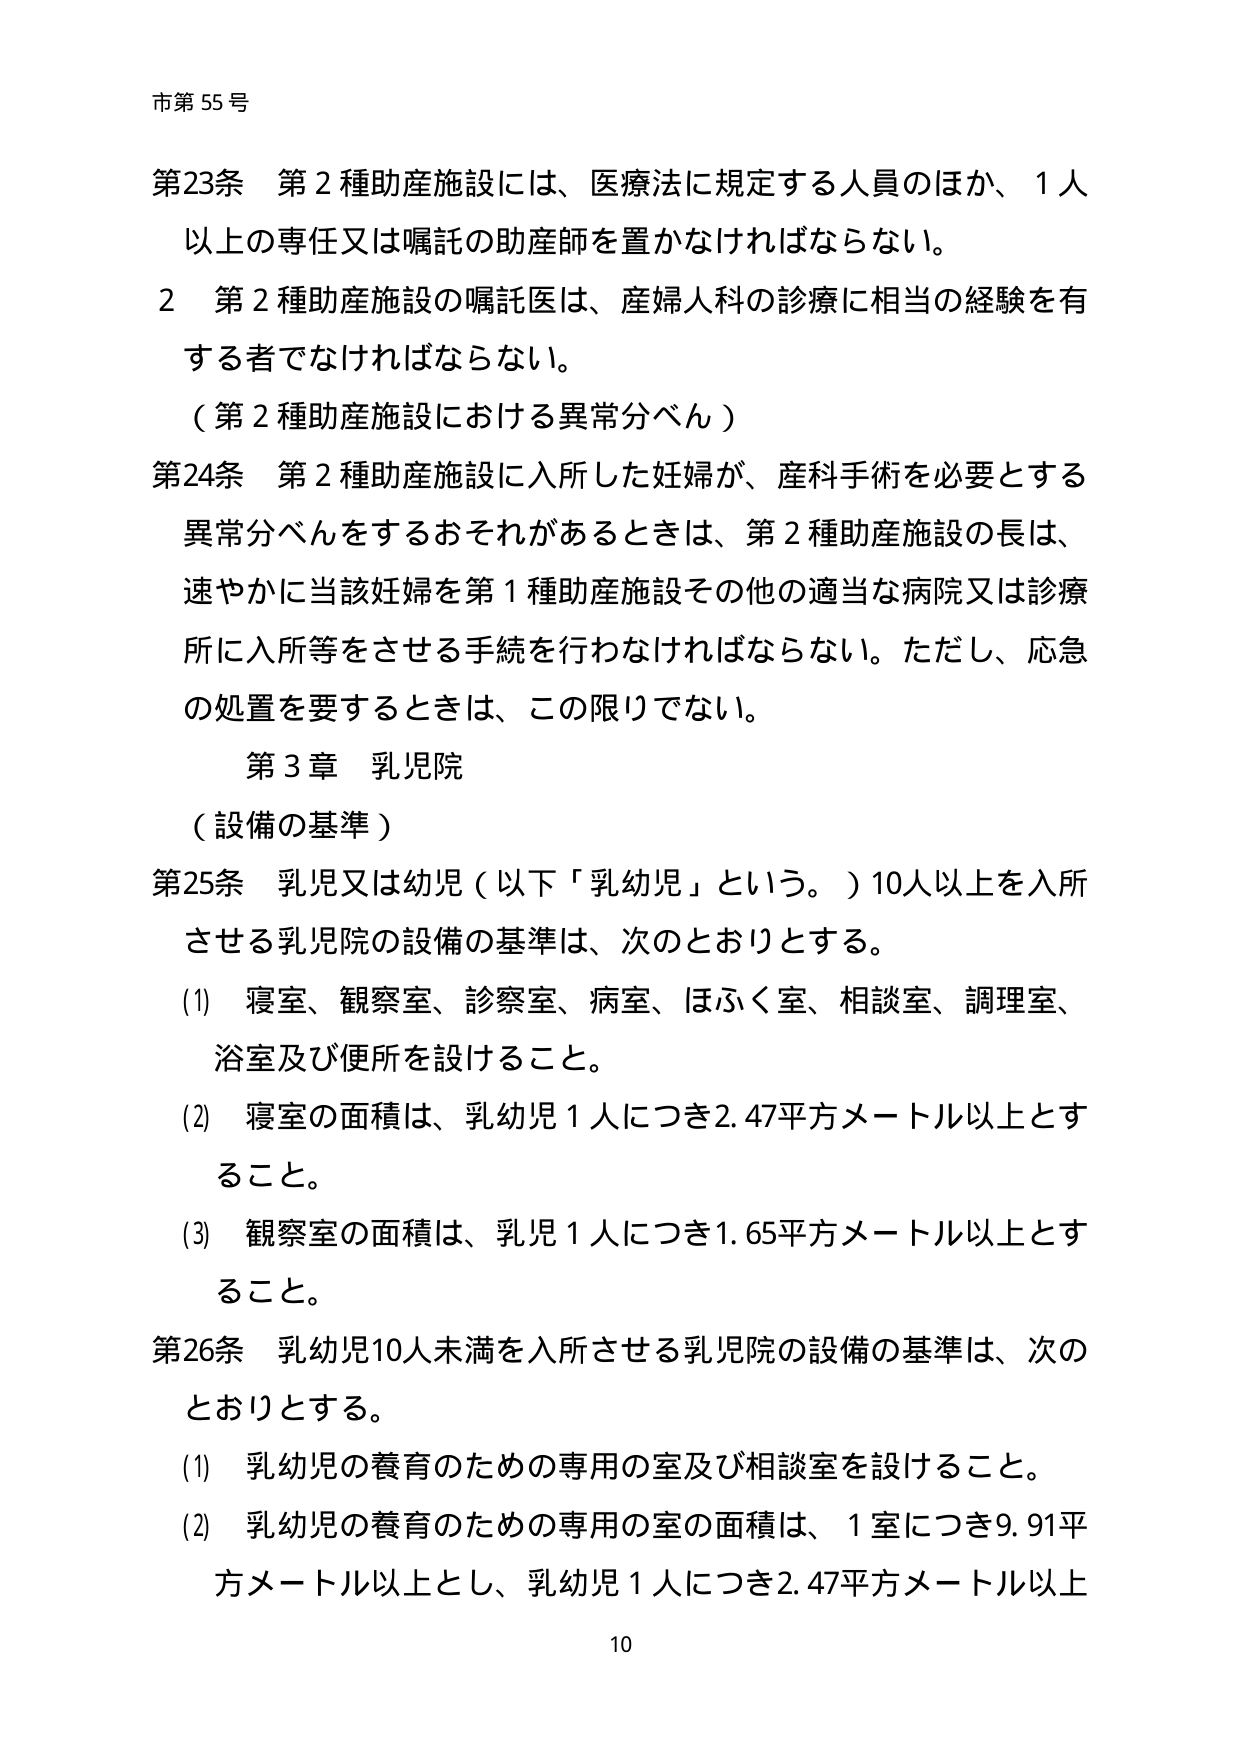
市第55号

第23条 第2種助産施設には、医療法に規定する人員のほか、1人以上の専任又は嘱託の助産師を置かなければならない。

2 第2種助産施設の嘱託医は、産婦人科の診療に相当の経験を有する者でなければならない。

（第2種助産施設における異常分べん）

第24条 第2種助産施設に入所した妊婦が、産科手術を必要とする異常分べんをするおそれがあるときは、第2種助産施設の長は、速やかに当該妊婦を第1種助産施設その他の適当な病院又は診療所に入所等をさせる手続を行わなければならない。ただし、応急の処置を要するときは、この限りでない。

第3章 乳児院

（設備の基準）

第25条 乳児又は幼児（以下「乳幼児」という。）10人以上を入所させる乳児院の設備の基準は、次のとおりとする。

(1) 寝室、観察室、診察室、病室、ほふく室、相談室、調理室、浴室及び便所を設けること。

(2) 寝室の面積は、乳幼児1人につき2.47平方メートル以上とすること。

(3) 観察室の面積は、乳児1人につき1.65平方メートル以上とすること。

第26条 乳幼児10人未満を入所させる乳児院の設備の基準は、次のとおりとする。

(1) 乳幼児の養育のための専用の室及び相談室を設けること。

(2) 乳幼児の養育のための専用の室の面積は、1室につき9.91平方メートル以上とし、乳幼児1人につき2.47平方メートル以上

10